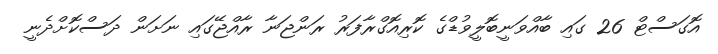
އޮގަސްޓް 26 ގައި ބާއްވަނީބޮލީވުޑްގެ ކޮރިއޮގްރާފަރު ރަންޖަނާ ރާއްޖޭގައި ނަށަން ދަސްކޮށްދެނީ